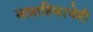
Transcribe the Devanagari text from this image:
साप्ताहिकाचेही